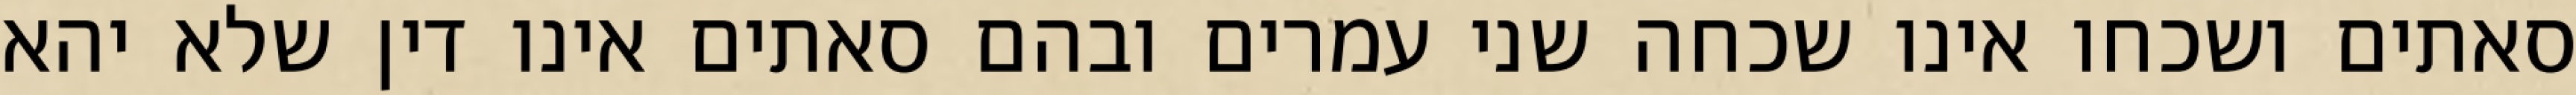
סאתים ושכחו אינו שכחה שני עמרים ובהם סאתים אינו דין שלא יהא